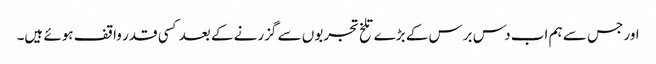
اور جس سے ہم اب دس برس کے بڑے تلخ تجربوں سے گزرنے کے بعد کسی قدر واقف ہوئے ہیں۔